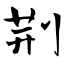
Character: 荆